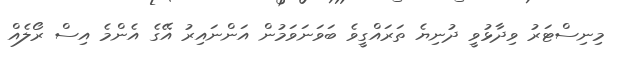
މިނިސްޓަރު ވިދާޅުވީ ދުނިޔެ ތަރައްގީވެ ބަވަނަވަމުން އަންނައިރު އޭގެ އެންމެ އިސް ރޯލެއް